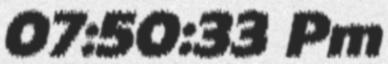
07:50:33 Pm